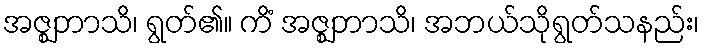
အဇ္ဈဘာသိ၊ ရွတ်၏။ ကိံ အဇ္ဈဘာသိ၊ အဘယ်သိုရွတ်သနည်း၊